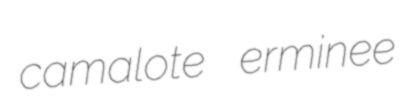
camalote erminee